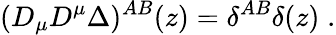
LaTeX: (D_{\mu}D^{\mu}\Delta)^{AB}(z)=\delta^{AB}\delta(z)\; .